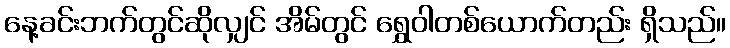
နေ့ခင်းဘက်တွင်ဆိုလျှင် အိမ်တွင် ရွှေဝါတစ်ယောက်တည်း ရှိသည်။